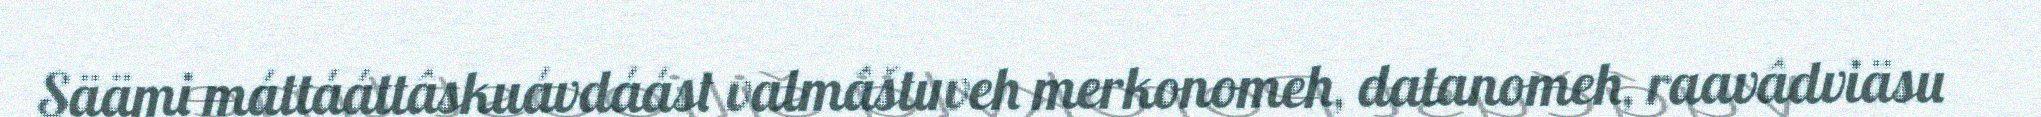
Säämi máttááttâskuávdáást valmâštuveh merkonomeh, datanomeh, raavâdviäsu